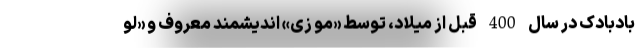
بادبادک در سال 400 قبل از میلاد، توسط «مو زی» اندیشمند معروف و «لو